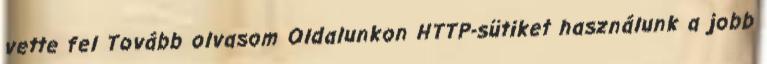
vette fel Tovább olvasom Oldalunkon HTTP-sütiket használunk a jobb